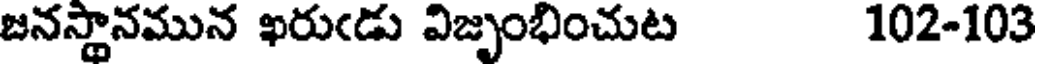
జనస్థానమున ఖరుఁడు విజృంభించుట 102-103